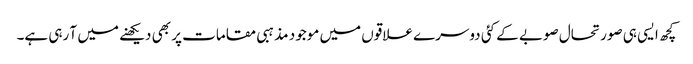
کچھ ایسی ہی صورتحال صوبے کے کئی دوسرے علاقوں میں موجود مذہبی مقامات پر بھی دیکھنے میں آ رہی ہے۔